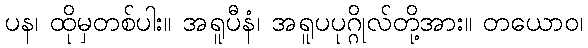
ပန၊ ထိုမှတစ်ပါး။ အရူပီနံ၊ အရူပပုဂ္ဂိုလ်တို့အား။ တယောဝ၊